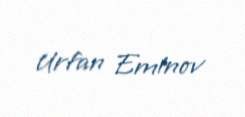
Urfan Eminov